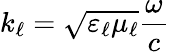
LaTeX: k_{\ell}=\sqrt{\varepsilon_{\ell}\mu_{\ell}}\frac{\omega}{c}